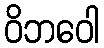
ဝိဘဝေါ